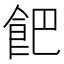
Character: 𩚥